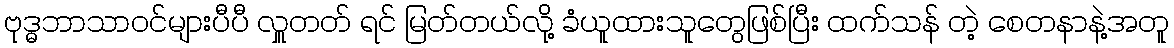
ဗုဒ္ဓဘာသာဝင်များပီပီ လှူတတ် ရင် မြတ်တယ်လို့ ခံယူထားသူတွေဖြစ်ပြီး ထက်သန် တဲ့ စေတနာနဲ့အတူ